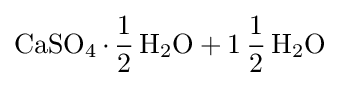
{\ce {CaSO4.1/2H2O + 1 1/2H2O}}